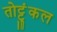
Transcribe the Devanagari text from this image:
तोट्टुंकल